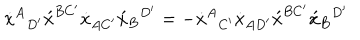
LaTeX: \dot { x } ^ { A } { } _ { D ^ { \prime } } \acute { x } ^ { B C ^ { \prime } } \dot { x } _ { A C ^ { \prime } } \acute { x } _ { B } { } ^ { D ^ { \prime } } = - \dot { x } ^ { A } { } _ { C ^ { \prime } } \dot { x } _ { A D ^ { \prime } } \acute { x } ^ { B C ^ { \prime } } \acute { x } _ { B } { } ^ { D ^ { \prime } }